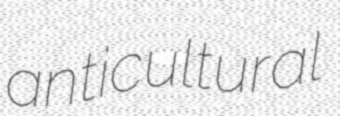
anticultural